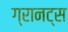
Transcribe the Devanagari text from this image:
ग्रानट्स